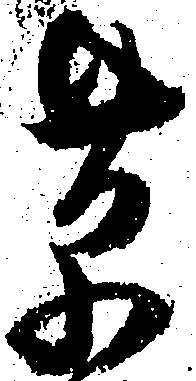
草